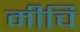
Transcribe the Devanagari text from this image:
मीचि